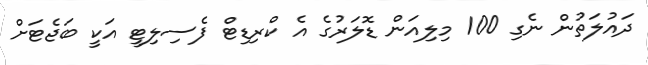
ދައުލަތުން ނެގި 100 މިލިއަން ޑޮލަރުގެ އެ ކްރިޑިޓް ފެސިލިޓީ އަކީ ބަޖެޓަށް